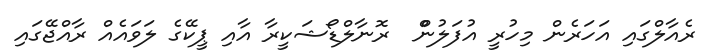
ރެއާލްގައި އަހަރެން މިހުރީ އުފަލުންް  ރޮނާލްޑޯޝަކީރާ އާއި ޕީކޭގެ ލަވައެއް ރާއްޖޭގައި